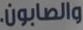
والصابون.